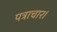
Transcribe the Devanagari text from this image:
पत्राचार।